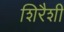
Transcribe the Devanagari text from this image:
शिरैशी